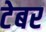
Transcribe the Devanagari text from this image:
टेबर